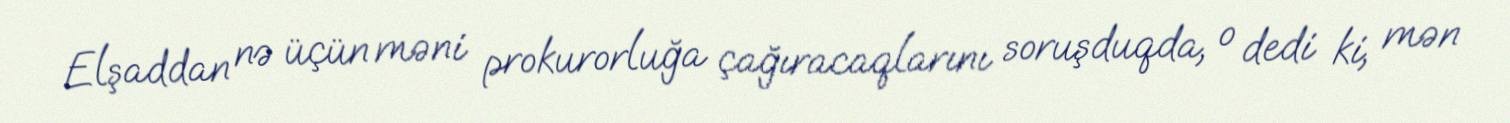
Elşaddan nə üçün məni prokurorluğa çağıracaqlarını soruşduqda, o dedi ki, mən